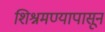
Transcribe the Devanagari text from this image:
शिश्नमण्यापासून